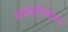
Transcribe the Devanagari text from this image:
आख्यायिकेवर